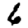
Digit: 6